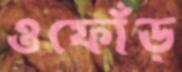
ওফোঁড়